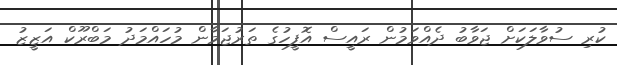
ކުރި ސުވާލަކަށް ޖަވާބު ދެއްވަމުން ރައީސް އޮފީހުގެ ތަރުޖަމާން މުހައްމަދު މަބްރޫކް އަޒީޒު